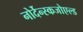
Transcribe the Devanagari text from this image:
नोर्देन्स्कजोएल्ड